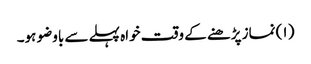
( ۱) نماز پڑھنے کے وقت خواہ پہلے سے باوضو ہو۔